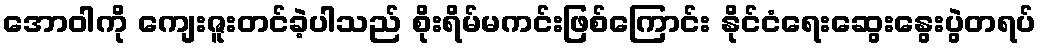
အောဝါကို ကျေးဇူးတင်ခဲ့ပါသည် စိုးရိမ်မကင်းဖြစ်ကြောင်း နိုင်ငံရေးဆွေးနွေးပွဲတရပ်